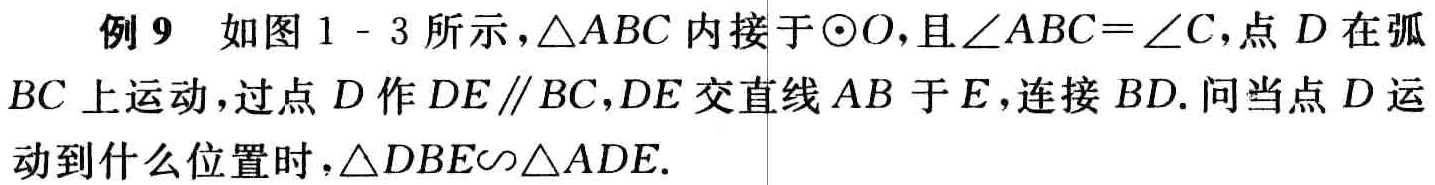
例9 如图1 - 3所示，$\triangle ABC$内接于$\odot O$，且$\angle ABC = \angle C$，点$D$在弧$BC$上运动，过点$D$作$DE\parallel BC$，$DE$交直线$AB$于$E$，连接$BD$. 问当点$D$运动到什么位置时，$\triangle DBE\backsim\triangle ADE$.